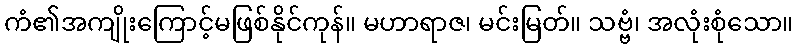
ကံ၏အကျိုးကြောင့်မဖြစ်နိုင်ကုန်။ မဟာရာဇ၊ မင်းမြတ်။ သဗ္ဗံ၊ အလုံးစုံသော။